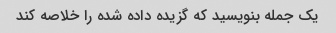
یک جمله بنویسید که گزیده داده شده را خلاصه کند